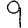
Digit: 9